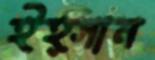
ইহ্সান